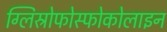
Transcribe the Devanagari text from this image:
ग्लिस्रोफोस्फोकोलाइन